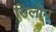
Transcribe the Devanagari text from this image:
सिलोम